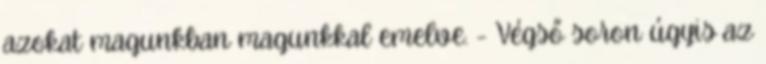
azokat magunkban magunkkal emelve. - Végső soron úgyis az